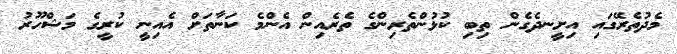
މެދުތެރޭގައި އިށީނދެގެން ތިބި ކުޅުންތެރިންގެ ތެރެއިން އެންމެ ކަނާތަށް އެއިނީ ކުރީގެ މަޝްހޫރު